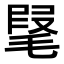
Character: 𣮫